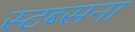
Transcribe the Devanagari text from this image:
स्टब्सना